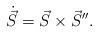
LaTeX: \begin{align*}\dot{\vec S} = \vec S \times \vec S''. \end{align*}